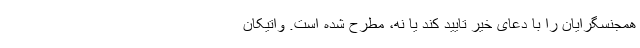
همجنسگرایان را با دعای خیر تایید کند یا نه، مطرح شده است. واتیکان